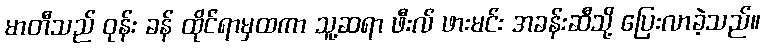
မာတီသည် ဝုန်း ခန် ထိုင်ရာမှထကာ သူ့ဆရာ ဖီးလ် ဖားမင်း အခန်းဆီသို့ ပြေးလာခဲ့သည်။